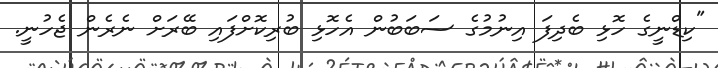
"ކިޑްނީގެ ހޮޅި ބެދިފަ އިނުމުގެ ސަބަބުން އެހޮޅި ބުރިކޮށްފައި ބޭރަށް ނެރެން ޖެހުނީ.